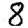
Digit: 8